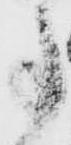
事